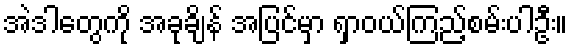
အဲဒါတွေကို အခုချိန် အပြင်မှာ ရှာဝယ်ကြည့်စမ်းပါဦး။